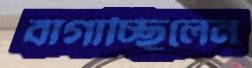
বাগাচ্ছিলেন